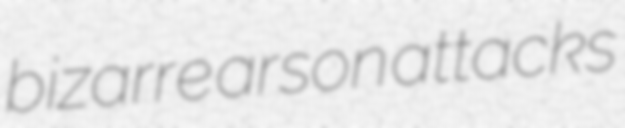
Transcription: bizarre arson attacks